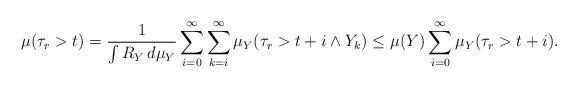
LaTeX: \begin{align*}\mu(\tau_r > t) = \frac{1}{\int R_Y \, d\mu_Y} \sum_{i = 0}^\infty \sum_{k=i}^\infty \mu_Y(\tau_r > t+i \wedge Y_k) \le \mu(Y) \sum_{i=0}^\infty \mu_Y(\tau_r > t+i) .\end{align*}